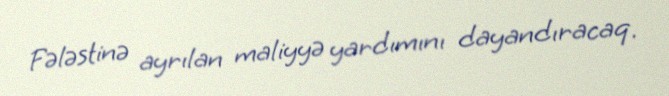
Fələstinə ayrılan maliyyə yardımını dayandıracaq.